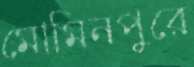
মোমিনপুরে